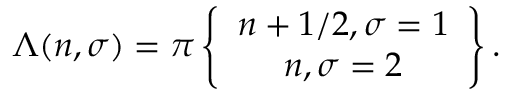
\Lambda ( n , \sigma ) = \pi \left\{ \begin{array} { c } { { n + 1 / 2 , \sigma = 1 } } \\ { { n , \sigma = 2 } } \end{array} \right\} .